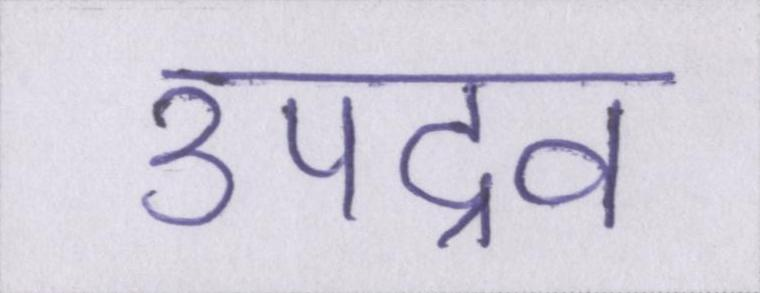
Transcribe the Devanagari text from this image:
उपद्रव